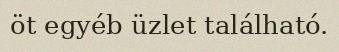
öt egyéb üzlet található.